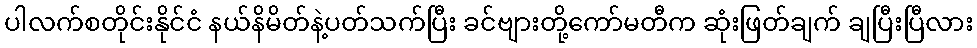
ပါလက်စတိုင်းနိုင်ငံ နယ်နိမိတ်နဲ့ပတ်သက်ပြီး ခင်ဗျားတို့ကော်မတီက ဆုံးဖြတ်ချက် ချပြီးပြီလား